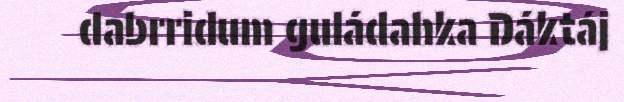
dabrridum guládahka Dáktáj